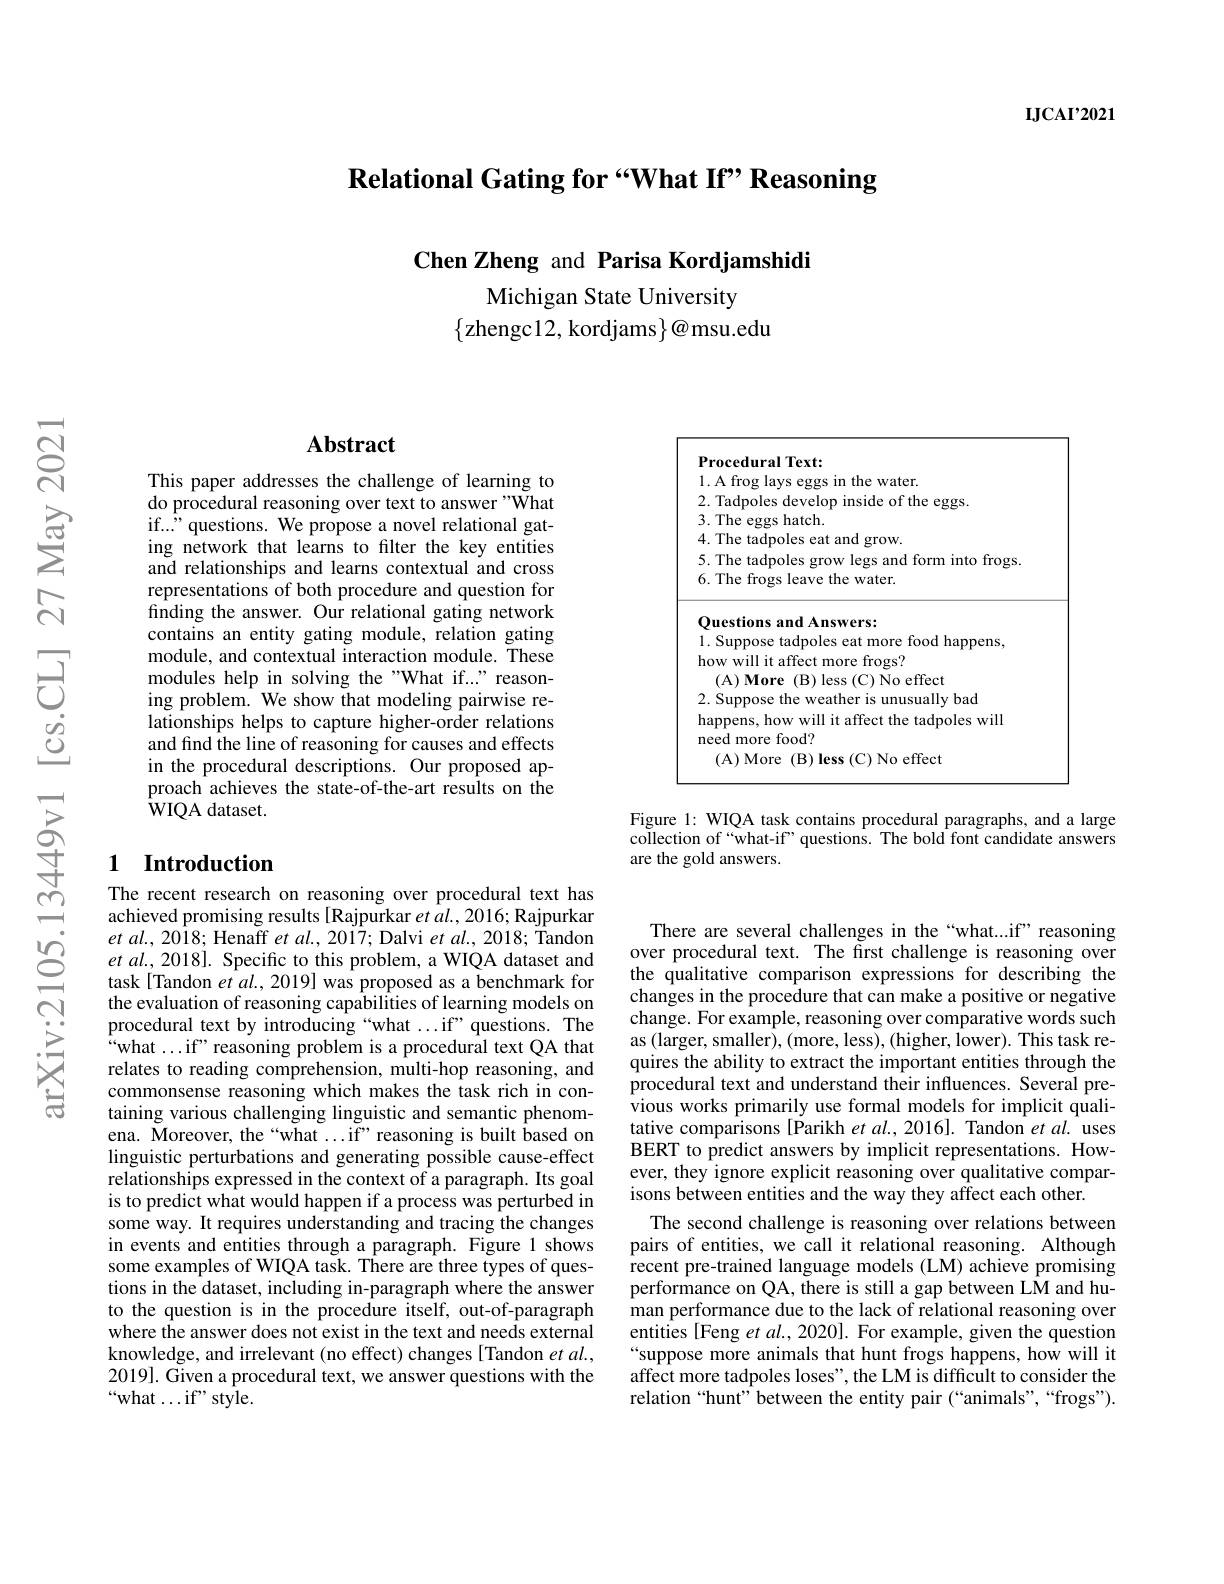
$\mathbf{IJCAI’2021}$

Relational Gating for “What If” Reasoning

Chen Zheng and Parisa Kordjamshidi

Michigan State University
$\{$zhengc12, kordjams$\}@$msu.edu

<FigureHere>

Figure 1: WIQA task contains procedural paragraphs, and a large collection of“what-if’questions. The bold font candidate answers are the gold answers.

## Abstract

This paper addresses the challenge of learning to do procedural reasoning over text to answer "What if..." questions. We propose a novel relational gating network that learns to filter the key entities and relationships and learns contextual and cross representations of both procedure and question for finding the answer. Our relational gating network contains an entity gating module, relation gating module, and contextual interaction module. These modules help in solving the "What if..." reasoning problem. We show that modeling pairwise relationships helps to capture higher-order relations and find the line of reasoning for causes and effects in the procedural descriptions. Our proposed approach achieves the state-of-the-art results on the ${\mathrm{wIQA~dataset.}}$

### 1 Introduction

The recent research on reasoning over procedural text has achieved promising results [Rajpurkar $et\textit{al. , 2016; Rajpurkar}$ $et$ $al. $, $20\bar{1} 8;$ Henaff et al. , 2017; Dalvi et al. , 2018; Tandon et al., 2018]. Specific to this problem, a WIQA dataset and task[Tandon et al., 2019] was proposed as a benchmark for the evaluation of reasoning capabilities of learning models on procedural text by introducing “what ...if”questions. The $“$what...if" reasoning problem is a procedural text QA that relates to reading comprehension, multi-hop reasoning, and commonsense reasoning which makes the task rich in containing various challenging linguistic and semantic phenomena. Moreover, the“what...if”reasoning is built based on linguistic perturbations and generating possible cause-effect relationships expressed in the context of a paragraph. Its goal is to predict what would happen if a process was perturbed in some way. It requires understanding and tracing the changes in events and entities through a paragraph. Figure 1 shows some examples of WIQA task. There are three types of questions in the dataset, including in-paragraph where the answer to the question is in the procedure itself, out-of-paragraph where the answer does not exist in the text and needs external knowledge, and irrelevant (no effect) changes[Tandon et al., 2019]. Given a procedural text, we answer questions with the “what...if”style.

There are several challenges in the“what...if”reasoning over procedural text. The first challenge is reasoning over the qualitative comparison expressions for describing the changes in the procedure that can make a positive or negative change. For example, reasoning over comparative words such as (larger, smaller), (more, less), (higher, lower). This task requires the ability to extract the important entities through the procedural text and understand their influences. Several previous works primarily use formal models for implicit qualitative comparisons [Parikh $et\textit{al. , 2016] . Tandon et al. uses}$ BERT to predict answers by implicit representations. However, they ignore explicit reasoning over qualitative comparisons between entities and the way they affect each other.
The second challenge is reasoning over relations between pairs of entities, we call it relational reasoning. Although $\hat{\text{recent pre-trained language models (LM) achieve promising}}$ performance on QA, there is still a gap between LM and human performance due to the lack of relational reasoning over entities [Feng et al., 2020]. For example, given the question “suppose more animals that hunt frogs happens, how will it affect more tadpoles loses", the LM is difficult to consider the relation“hunt” between the entity pair (“animals",“frogs").